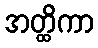
အတ္ထိကာ